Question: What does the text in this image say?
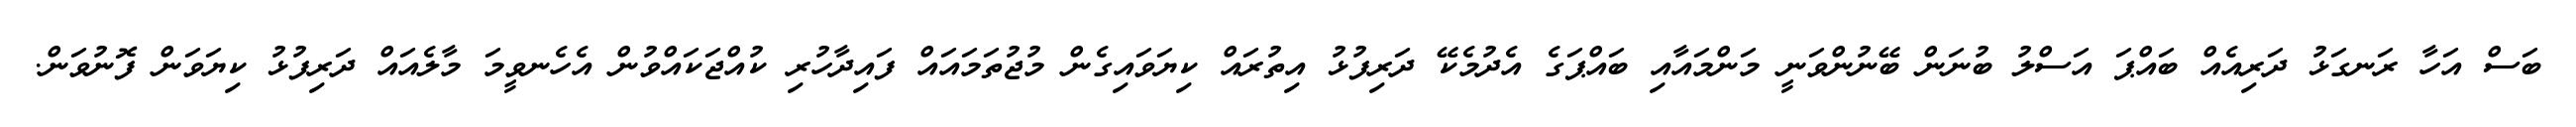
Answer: ބަސް އަހާ ރަނގަޅު ދަރިއެއް ބައްޕަ އަސްލު ބުނަން ބޭނުންވަނީ މަންމައާއި ބައްޕަގެ އެދުމެކޭ ދަރިފުޅު އިތުރައް ކިޔަވައިގެން މުޖުތަމައައް ފައިދާހުރި ކުއްޖަކައްވުން އެހެނވީމަ މާލެއައް ދަރިފުޅު ކިޔަވަން ފޮނުވަން.